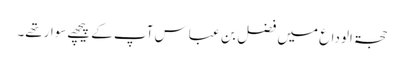
حجۃ الوداع میں فضل بِن عباس آپ کے پیچھےسوارتھے۔